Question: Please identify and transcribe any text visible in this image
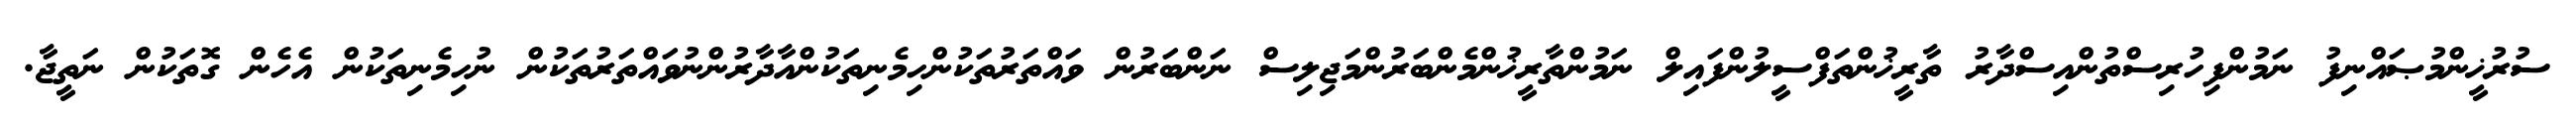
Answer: ސުރުޚީންމުޞައްނިފު ނަމުންފިހުރިސްތުންއިސްދާރު ތާރީޚުންތަފްސީލުންފައިލް ނަމުންތާރީޚުންމެންބަރުންމަޖިލިސް ނަންބަރުން ވައްތަރުތަކުންހިމެނިތަކުންއާދާރުންނުވައްތަރުތަކުން ނުހިމެނިތަކުން އެހެން ގޮތަކުން ނަތީޖާ.